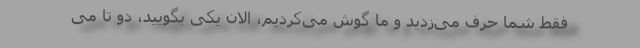
فقط شما حرف می‌زدید و ما گوش می‌کردیم، الان یکی بگویید، دو تا می‌